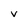
Character: V